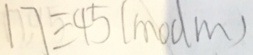
1 7 \equiv 4 5 ( m o d m )